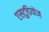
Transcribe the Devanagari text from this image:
एस्टुडियोज़